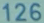
126